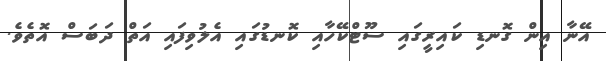
އޭނާ އިން ގޮނޑި ކައިރީގައި ސޫޓްކޭހާއި ކޮނޑުގައި އެލުވިފައި އަތް ދަބަސް އޮތެވެ.